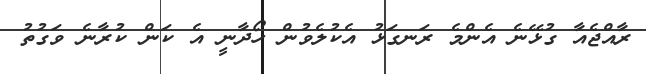
ރާއްޖެއާ ގުޅޭނެ އެންމެ ރަނގަޅު އެކުލެވުން ހޯދާނީ އެ ކަން ކުރާނެ ވަގުތު